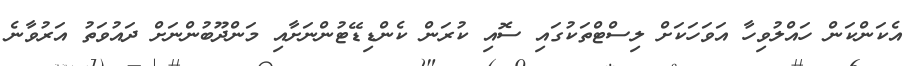
އެކަންކަން ހައްލުވިހާ އަވަހަކަށް ލިސްޓްތަކުގައި ސޮއި ކުރަން ކެންޑިޑޭޓުންނަށާއި މަންދޫބުންނަށް ދައުވަތު އަރުވާނެ